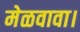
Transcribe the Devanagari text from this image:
मेळवावा।